Scottish Leaving Certificate Examination, 1955
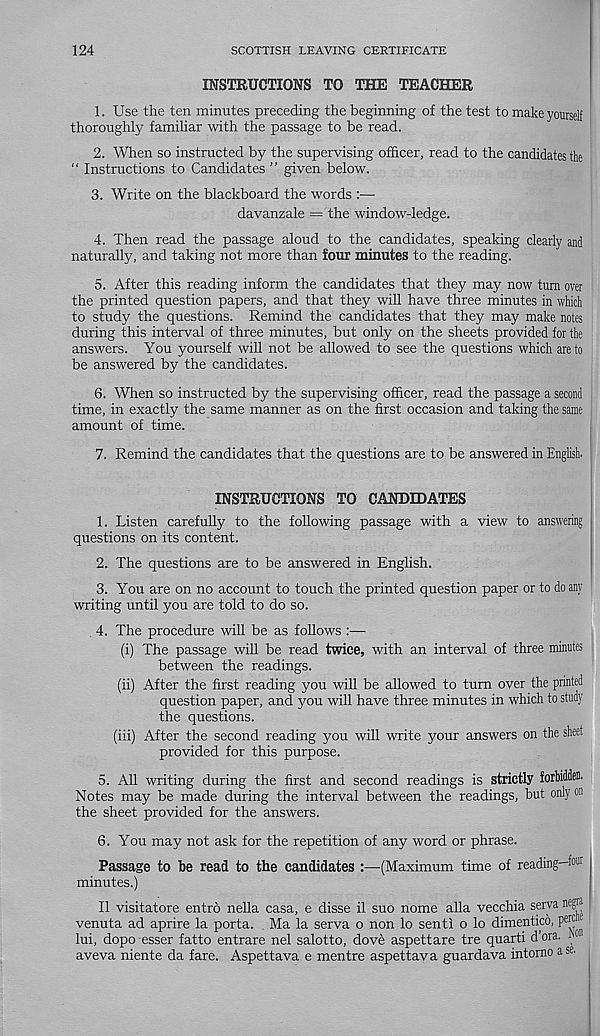
124
SCOTTISH LEAVING CERTIFICATE
INSTRUCTIONS TO THE TEACHER
1. Use the ten minutes preceding the beginning of the test to make yourself
thoroughly familiar with the passage to be read.
2. When so instructed by the supervising officer, read to the candidates the
“ Instructions to Candidates ” given below.
3. Write on the blackboard the words :—
davanzale = the window-ledge.
4. Then read the passage aloud to the candidates, speaking clearly and
naturally, and taking not more than four minutes to the reading.
5. After this reading inform the candidates that they may now turn over
the printed question papers, and that they will have three minutes in which
to study the questions. Remind the candidates that they may make notes
during this interval of three minutes, but only on the sheets provided for the
answers. You yourself will not be allowed to see the questions which are to
be answered by the candidates.
6. When so instructed by the supervising officer, read the passage a second
time, in exactly the same manner as on the first occasion and taking the same
amount of time.
7. Remind the candidates that the questions are to be answered in English.
INSTRUCTIONS TO CANDIDATES
1. Listen carefully to the following passage with a view to answering
questions on its content.
2. The questions are to be answered in English.
3. You are on no account to touch the printed question paper or to do any
writing until you are told to do so.
4. The procedure will be as follows :—■
(i) The passage will be read twice, with an interval of three minutes
between the readings.
(ii) After the first reading you will be allowed to turn over the printed
question paper, and you will have three minutes in which to study
the questions.
(iii) After the second reading you will write your answers on the sheet
provided for this purpose.
5. All writing during the first and second readings is strictly forhidden.
Notes may be made during the interval between the readings, but only
the sheet provided for the answers.
6. You may not ask for the repetition of any word or phrase.
Passage to be read to the candidates :—(Maximum time of reading-fo®
minutes.)
II visitatore entro nella casa, e disse il suo nome alia vecchia serva neg»
venuta ad aprire la porta. Ma la serva o non lo sent! o lo dimentico, P® f
lui, dopo esser fatto entrare nel salotto, dove aspettare tre quart! d’ora. i)°
aveva niente da fare. Aspettava e mentre aspettava guardava intomo ase.